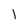
Character: I